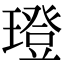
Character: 璒